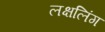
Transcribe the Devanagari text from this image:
लक्षलिंग